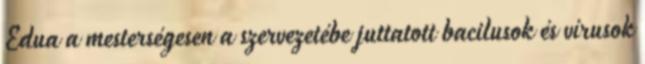
Edua a mesterségesen a szervezetébe juttatott bacilusok és vírusok